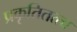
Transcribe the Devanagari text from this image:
प्रकृतितत्त्व